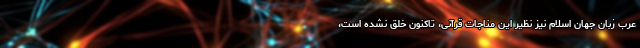
عرب زبان جهان اسلام نیز نظیر این مناجات قرآنی، تاکنون خلق نشده است،